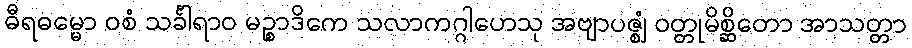
ဓီရဓမ္မော ဝစံ သင်္ခါရာဝ မဉ္စာဒိကေ သလာကဂ္ဂါဟေသု အဗျာပဇ္ဈံ ဝတ္တုမိစ္ဆိတော အာသတ္တာ